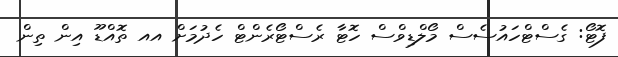
ފޮޓޯ: ގެސްޓްހައުސެސް މޯލްޑިވްސް ހޮޓާ ރެސްޓޯރެންޓް ހެދުމަށް އއ ތޮއްޑޫ އިން ތިން